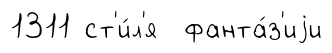
1311 ст'и́л'я фанта́з'иjи